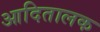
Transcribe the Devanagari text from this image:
आदितालक